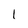
Character: 1